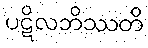
ပဋိလဘိဿတိ